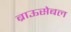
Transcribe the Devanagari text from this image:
ब्राऊसेबल